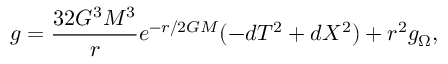
g = { \frac { 3 2 G ^ { 3 } M ^ { 3 } } { r } } e ^ { - r / 2 G M } ( - d T ^ { 2 } + d X ^ { 2 } ) + r ^ { 2 } g _ { \Omega } ,